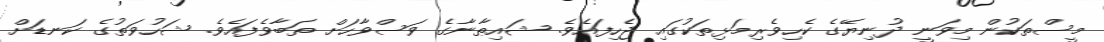
މީސްތަކުން މިވަނީ ދުނިޔޭގެ ކެހިވެރިމަޅިތަކުގައި ޖެހިފައެވެ. ޝައިޠާނާގެ ވަސްވާހަށް ތަބާވެފައެވެ. ޝަހުވަތުގެ ކަނޑަށް